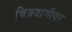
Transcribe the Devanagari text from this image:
चित्रवाणीवर